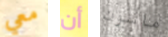
معي أن ماسون